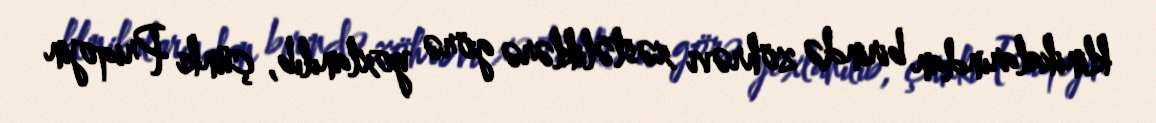
klinikalarından birində zöhrəvi xəstəliklərə görə yoxlanılıb, çünki Priqojin